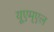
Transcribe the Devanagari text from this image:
यूएम्एल